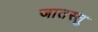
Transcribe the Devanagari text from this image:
जातस्तु